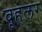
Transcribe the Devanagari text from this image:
बूहलर